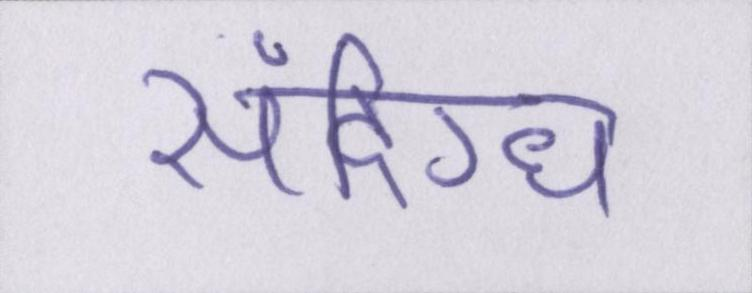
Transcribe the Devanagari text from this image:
संदिग्ध